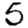
Digit: 5